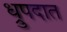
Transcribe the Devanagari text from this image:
ध्रुपदात